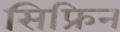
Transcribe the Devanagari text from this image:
सिफ्रिन